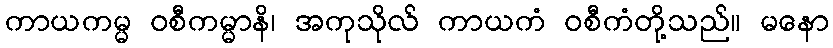
ကာယကမ္မ ဝစီကမ္မာနိ၊ အကုသိုလ် ကာယကံ ဝစီကံတို့သည်။ မနော